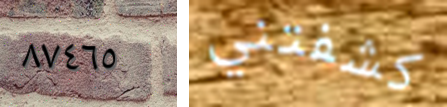
٨٧٤٦٥ كشفتني